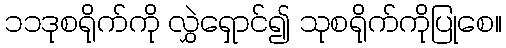
၁၁ဒုစရိုက်ကို လွှဲရှောင်၍ သုစရိုက်ကိုပြုစေ။